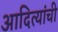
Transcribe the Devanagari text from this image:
आदित्यांची